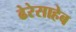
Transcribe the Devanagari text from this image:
ढेरेसाहेब